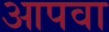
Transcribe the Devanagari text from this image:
आपवा